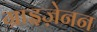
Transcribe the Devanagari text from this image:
ग्राइज़ेनन